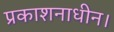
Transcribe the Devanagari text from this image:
प्रकाशनाधीन।